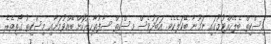
މިސްކިތް ބެލެހެއްޓުމުގައި ނަމޫނާ ބޭކަލެކެވެ. އަބަދުވެސް މިސްކިތް ސާފުތާހިރުކޮށް ބޭއްވުމަށާއި މިސްކިތު ގޯތިތެރެ